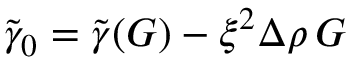
\tilde { \gamma } _ { 0 } = \tilde { \gamma } ( G ) - \xi ^ { 2 } \Delta \rho \, G